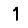
Digit: 1